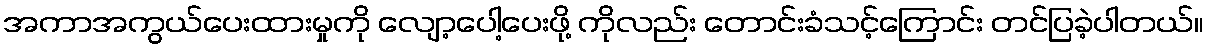
အကာအကွယ်ပေးထားမှုကို လျော့ပေါ့ပေးဖို့ ကိုလည်း တောင်းခံသင့်ကြောင်း တင်ပြခဲ့ပါတယ်။